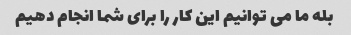
بله ما می توانیم این کار را برای شما انجام دهیم